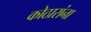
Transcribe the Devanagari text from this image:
कोठारांना